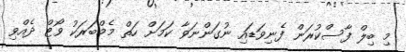
މި ބިލް ފާސްކުރަން ފެނިވަޑައި ނުގަންނަވާ ކަމަށް ހަތް މެމްބަރަކު ވޯޓް ދެއްވި